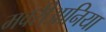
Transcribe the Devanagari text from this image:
मवरी्आनिया